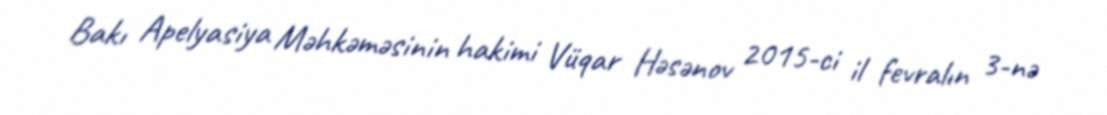
Bakı Apelyasiya Məhkəməsinin hakimi Vüqar Həsənov 2015-ci il fevralın 3-nə